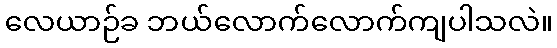
လေယာဉ်ခ ဘယ်လောက်လောက်ကျပါသလဲ။